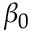
\beta _ { 0 }